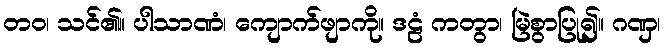
တဝ၊ သင်၏။ ပါသာဏံ၊ ကျောက်ဖျာကို။ ဒဠံ ကတွာ၊ မြဲစွာပြု၍။ ဂဏှ၊